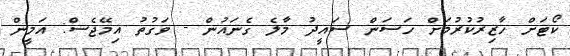
ކޯޓަށް ހާޒިރުކުރުމަށް ހަސަން ސައީދު މާލެ ގެނައުން - ވަގުތު އިމޭޖެސް: އަމީން